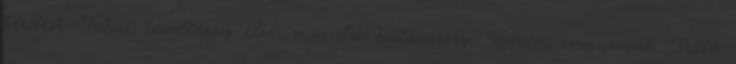
kérdést. Tehát tűzoltóság első, második határőrség. Kérem szavazzunk. Tüttő